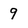
Character: 9